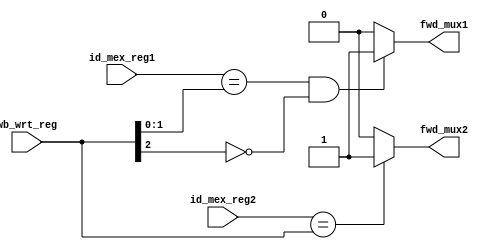
module regfile_forwarding_unit (
    input [1:0] id_mex_reg1,
    input [2:0] id_mex_reg2,
    input [2:0] wb_wrt_reg,
    output fwd_mux1,            // First ALU mux selector
    output fwd_mux2       // Second ALU mux selector
);

    reg out1;
    reg out2;
	 
   always @ (id_mex_reg1 or id_mex_reg2 or wb_wrt_reg ) begin
		if(id_mex_reg1 == wb_wrt_reg[1:0] && wb_wrt_reg[2] == 0) out1 <= 1;
        else out1 <= 0;
        if(id_mex_reg2 == wb_wrt_reg) out2 <= 1;
        else out2 <= 0;
    end
    
    assign fwd_mux1 = out1;
    assign fwd_mux2 = out2;
    
endmodule